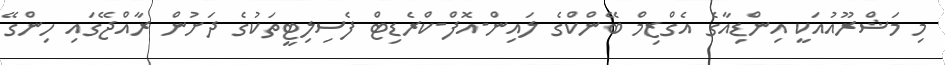
މި މަޝްރޫއުއަކީ އިންޑިއާގެ އެގްޒިމް ބޭންކްގެ ލައިން-އޮފް-ކްރެޑިޓް ފެސިލިޓީތަކުގެ ދަށުން ރާއްޖޭގައި ހިންގޭ